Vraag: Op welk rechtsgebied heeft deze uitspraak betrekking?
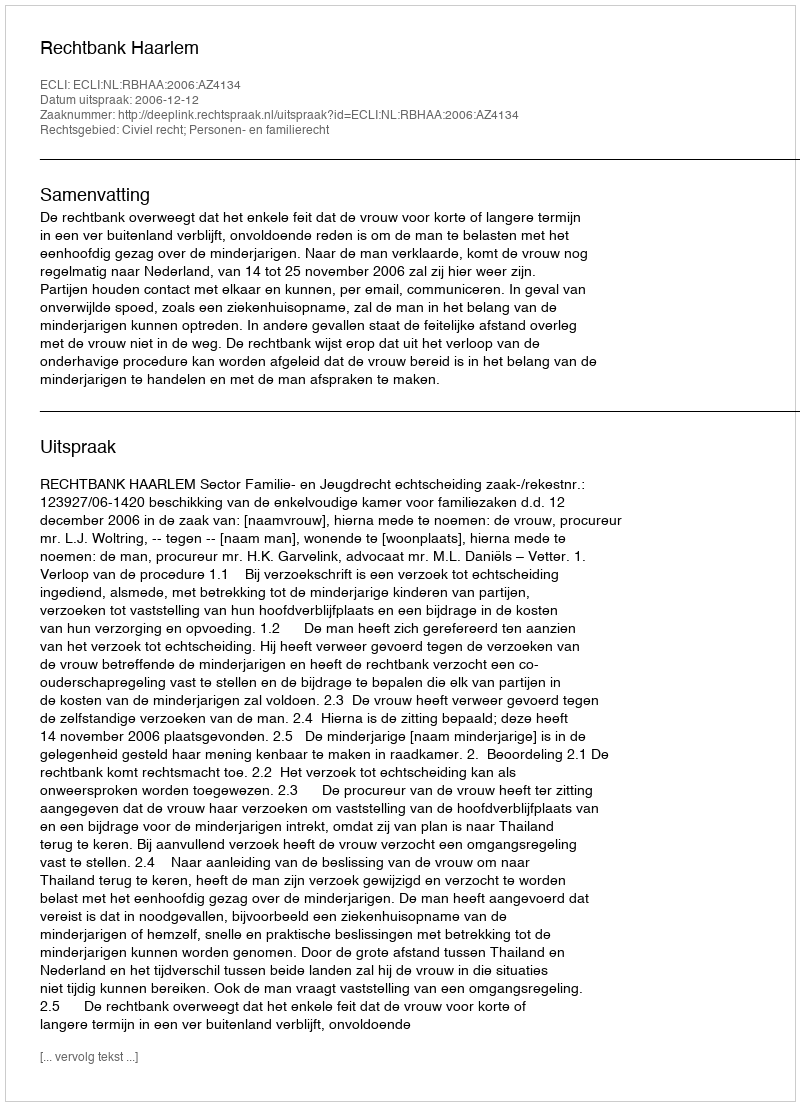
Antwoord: Civiel recht; Personen- en familierecht